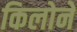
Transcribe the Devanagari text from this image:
किलोने